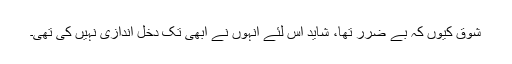
شوق کیوں کہ بے ضرر تھا، شاید اس لئے انہوں نے ابھی تک دخل اندازی نہیں کی تھی۔